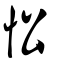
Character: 忪